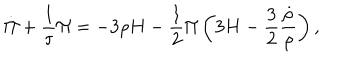
\dot { \Pi } + \frac 1 { \tau } \Pi = - 3 \rho H - \frac 1 2 \Pi \left( 3 H - \frac 3 2 \frac { \dot { \rho } } { \rho } \right) ,